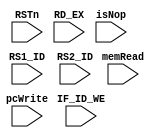
module DetectionUnit(
    input wire RSTn,
    input wire memRead,
    input wire[4:0] RD_EX,	
    input wire[4:0] RS1_ID,	
    input wire[4:0] RS2_ID,	
    input wire IF_ID_WE,
    input wire pcWrite,	
    input wire isNop
);
    reg pcWrite_reg;
    reg isNop_reg;
    reg IF_ID_WE_reg;

    assign pcWrite = pcWrite_reg;
    assign isNop = isNop_reg;
    assign IF_ID_WE = IF_ID_WE_reg;

    always@(*) begin
        if(RSTn == 1) begin
            if(memRead == 1 & RD_EX != 0 & (RS1_ID == RD_EX | RS2_ID == RD_EX)) begin
                isNop_reg = 1'b1;
                pcWrite_reg = 1'b0;
                IF_ID_WE_reg = 1'b0;
            end
            else begin
                isNop_reg = 1'b0;
                pcWrite_reg = 1'b1;
                IF_ID_WE_reg = 1'b1;
            end
        end
    end
endmodule